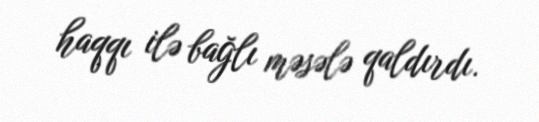
haqqı ilə bağlı məsələ qaldırdı.